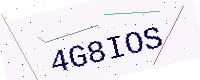
Text: 4G8IOS